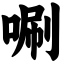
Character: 唰